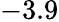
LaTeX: -3.9